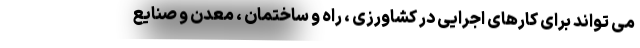
می تواند برای کارهای اجرایی در کشاورزی ، راه و ساختمان ، معدن و صنایع